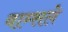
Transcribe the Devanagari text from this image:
वाम्सले